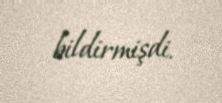
bildirmişdi.